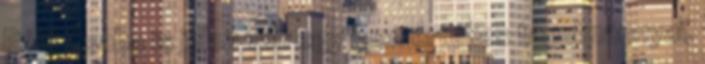
Pálfi Csaba is jelen van egy igen értékes tanulmánnyal,